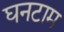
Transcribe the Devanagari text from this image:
घनटाम